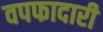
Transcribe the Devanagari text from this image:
वपफादारी